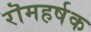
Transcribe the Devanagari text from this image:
रॊमहर्षक